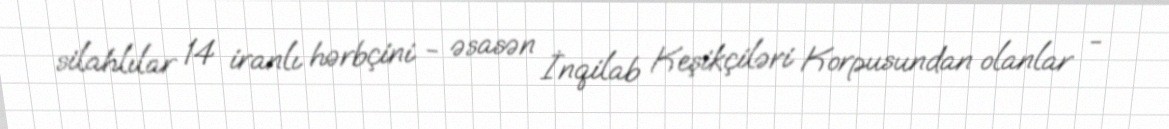
silahlılar 14 iranlı hərbçini - əsasən İnqilab Keşikçiləri Korpusundan olanlar -